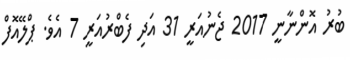
ބުރު އޮންނާނީ 2017 ޖެނުއަރީ 31 އަދި ފެބްރުއަރީ 7 އެވެ. ޕްލޭއޮފް